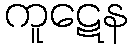
ကူဋေန